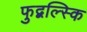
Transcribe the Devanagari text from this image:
फुद्बल्स्कि